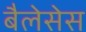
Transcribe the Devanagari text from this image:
बैलेसेस